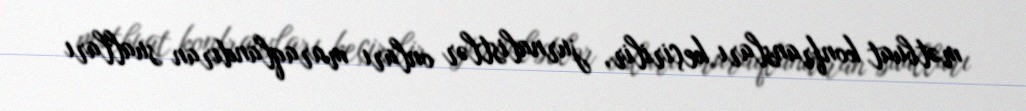
mətbuat konfransları keçirilir, jurnalistlər onları maraqlandıran sualları